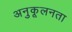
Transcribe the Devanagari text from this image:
अनुकूलनता